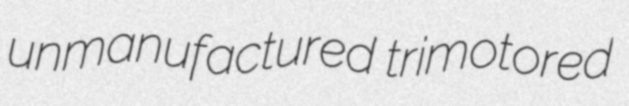
unmanufactured trimotored